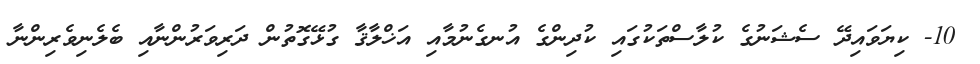
10- ކިޔަވައިދޭ ސެޝަނުގެ ކުލާސްތަކުގައި ކުދިންގެ އުނގެނުމާއި އަޚްލާޤާ ގުޅޭގޮތުން ދަރިވަރުންނާއި ބެލެނިވެރިންނާ